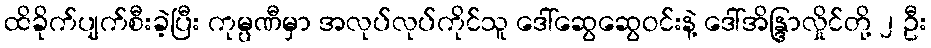
ထိခိုက်ပျက်စီးခဲ့ပြီး ကုမ္ပဏီမှာ အလုပ်လုပ်ကိုင်သူ ဒေါ်ဆွေဆွေဝင်းနဲ့ ဒေါ်အိန္ဒြာလှိုင်တို့ ၂ ဦး